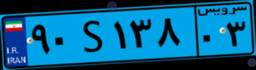
۱۶S۷۰۶۶۳